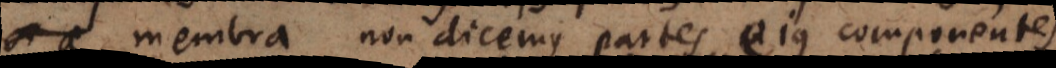
membra non dicemus partes ejus componentes,